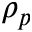
\rho _ { p }